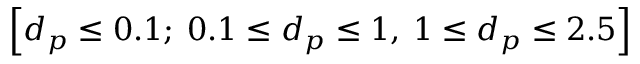
\left[ d _ { p } \leq 0 . 1 ; \: 0 . 1 \leq d _ { p } \leq 1 , \: 1 \leq d _ { p } \leq 2 . 5 \right]